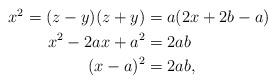
LaTeX: \begin{align*}\begin{aligned}x^2 = (z-y)(z+y) &= a(2x+2b-a) \\x^2-2ax+a^2 &= 2ab \\(x-a)^2 & = 2ab,\end{aligned}\end{align*}